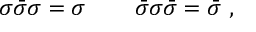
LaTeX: \sigma \bar { \sigma } \sigma = \sigma \, \qquad \bar { \sigma } \sigma \bar { \sigma } = \bar { \sigma } \, \, ,